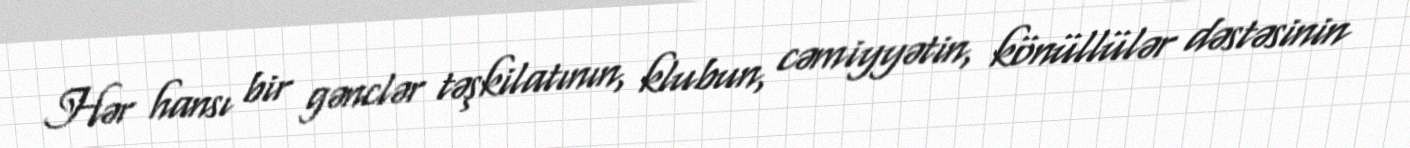
Hər hansı bir gənclər təşkilatının, klubun, cəmiyyətin, könüllülər dəstəsinin